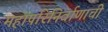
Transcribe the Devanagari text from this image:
महापरिनिर्वाणाची